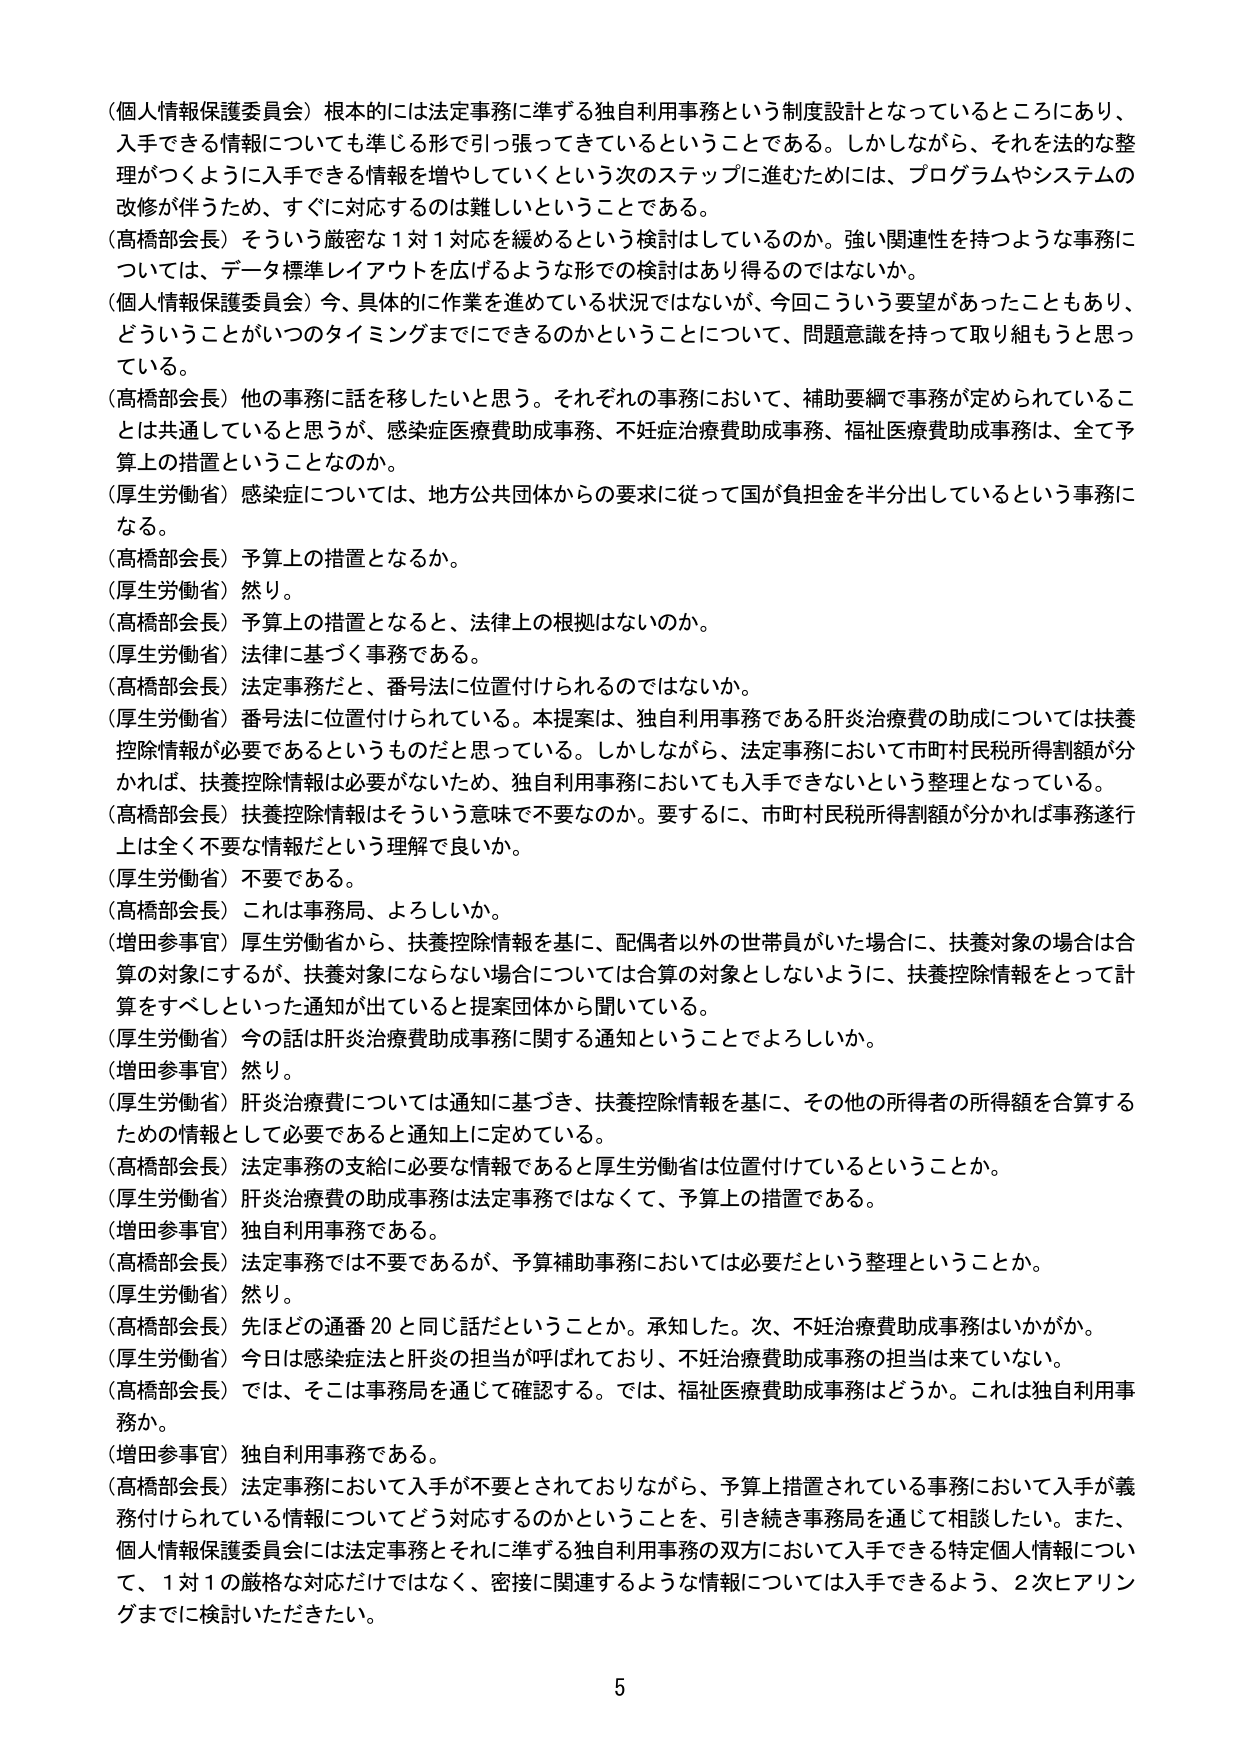
（個人情報保護委員会）根本的には法定事務に準ずる独自利用事務という制度設計となっているところにあり、入手できる情報についても準じる形で引っ張ってきているということである。しかしながら、それを法的な整理がつくように入手できる情報を増やしていくという次のステップに進むためには、プログラムやシステムの改修が伴うため、すぐに対応するのは難しいということである。

（高橋部会長）そういう厳密な１対１対応を緩めるという検討はしているのか。強い関連性を持つような事務については、データ標準レイアウトを広げるような形での検討はあり得るのではないか。

（個人情報保護委員会）今、具体的に作業を進めている状況ではないが、今回こういう要望があったこともあり、どういうことがいつのタイミングまでにできるのかということについて、問題意識を持って取り組もうと思っている。

（高橋部会長）他の事務に話を移したいと思う。それぞれの事務において、補助要綱で事務が定められていることは共通していると思うが、感染症医療費助成事務、不妊症治療費助成事務、福祉医療費助成事務は、全て予算上の措置ということなのか。

（厚生労働省）感染症については、地方公共団体からの要求に従って国が負担金を半分出しているという事務になる。

（高橋部会長）予算上の措置となるか。

（厚生労働省）然り。

（高橋部会長）予算上の措置となると、法律上の根拠はないのか。

（厚生労働省）法律に基づく事務である。

（高橋部会長）法定事務だと、番号法に位置付けられるのではないのか。

（厚生労働省）番号法に位置付けられている。本提案は、独自利用事務である肝炎治療費の助成については扶養控除情報が必要であるというものだと思っている。しかしながら、法定事務において市町村民税所得割額が分かれば、扶養控除情報は必要がないため、独自利用事務においても入手できないという整理となっている。

（高橋部会長）扶養控除情報はそういう意味で不要なのか。要するに、市町村民税所得割額が分かれば事務遂行上は全く不要な情報だという理解で良いか。

（厚生労働省）不要である。

（高橋部会長）これは事務局、よろしいか。

（増田参事官）厚生労働省から、扶養控除情報を基に、配偶者以外の世帯員がいた場合に、扶養対象の場合は合算の対象にするが、扶養対象にならない場合については合算の対象としないように、扶養控除情報をとって計算をすべしといった通知が出ていると提案団体から聞いている。

（厚生労働省）今の話は肝炎治療費助成事務に関する通知ということでよろしいか。

（増田参事官）然り。

（厚生労働省）肝炎治療費については通知に基づき、扶養控除情報を基に、その他の所得者の所得額を合算するための情報として必要であると通知上に定めている。

（高橋部会長）法定事務の支給に必要な情報であると厚生労働省は位置付けているということか。

（厚生労働省）肝炎治療費の助成事務は法定事務ではなくて、予算上の措置である。

（増田参事官）独自利用事務である。

（高橋部会長）法定事務では不要であるが、予算補助事務においては必要だという整理ということか。

（厚生労働省）然り。

（高橋部会長）先ほどの通番20と同じ話だということか。承知した。次、不妊治療費助成事務はいかがか。

（厚生労働省）今日は感染症法と肝炎の担当が呼ばれており、不妊治療費助成事務の担当は来ていない。

（高橋部会長）では、そこは事務局を通じて確認する。では、福祉医療費助成事務はどうか。これは独自利用事務か。

（増田参事官）独自利用事務である。

（高橋部会長）法定事務において入手が不要とされておりながら、予算上措置されている事務において入手が義務付けられている情報についてどう対応するのかということを、引き続き事務局を通じて相談したい。また、個人情報保護委員会には法定事務とそれに準ずる独自利用事務の双方において入手できる特定個人情報について、１対１の厳格な対応だけではなく、密接に関連するような情報については入手できるよう、２次ヒアリングまでに検討いただきたい。

5